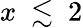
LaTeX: x~\lesssim~2